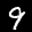
Label: 9